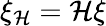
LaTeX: \xi_{\cal H}={\cal H}\xi